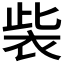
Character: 𧙁